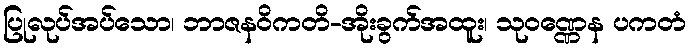
ပြုလုပ်အပ်သော၊ ဘာဇနဝိကတိ-အိုးခွက်အထူး၊ သုဝဏ္ဏေန ပကတံ